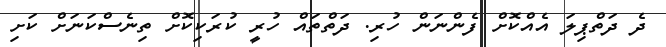
ދެ ދަތްޕިލަ އެއްކޮށް ފެންނަން ހުރި. ދަތްތައް ހުރީ ކުރަކިކޮށް ތިނެސްކަނަށް ކަށި